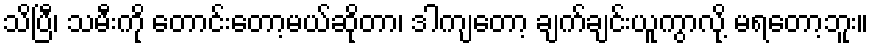
သိပြီ၊ သမီးကို တောင်းတော့မယ်ဆိုတာ၊ ဒါကျတော့ ချက်ချင်းယူကွာလို့ မရတော့ဘူး။